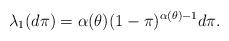
LaTeX: \begin{align*} \lambda_1(d\pi) = \alpha(\theta) (1-\pi)^{\alpha(\theta)-1}d\pi.\end{align*}